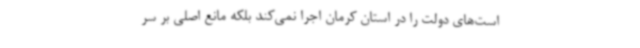
است‌های دولت را در استان کرمان اجرا نمی‌کند بلکه مانع اصلی بر سر